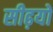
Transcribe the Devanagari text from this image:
सीढ़यों